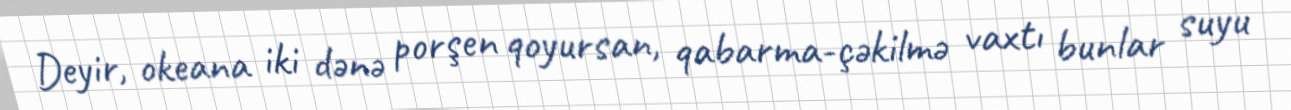
Deyir, okeana iki dənə porşen qoyursan, qabarma-çəkilmə vaxtı bunlar suyu